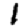
Digit: 1